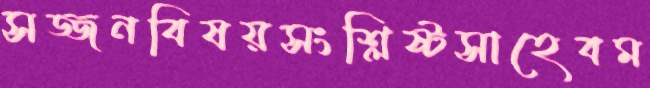
সজ্জনবিষয়সংশ্লিষ্টসাহেবম